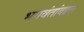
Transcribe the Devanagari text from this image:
भगवंतांबद्दल